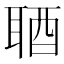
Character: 𨠧